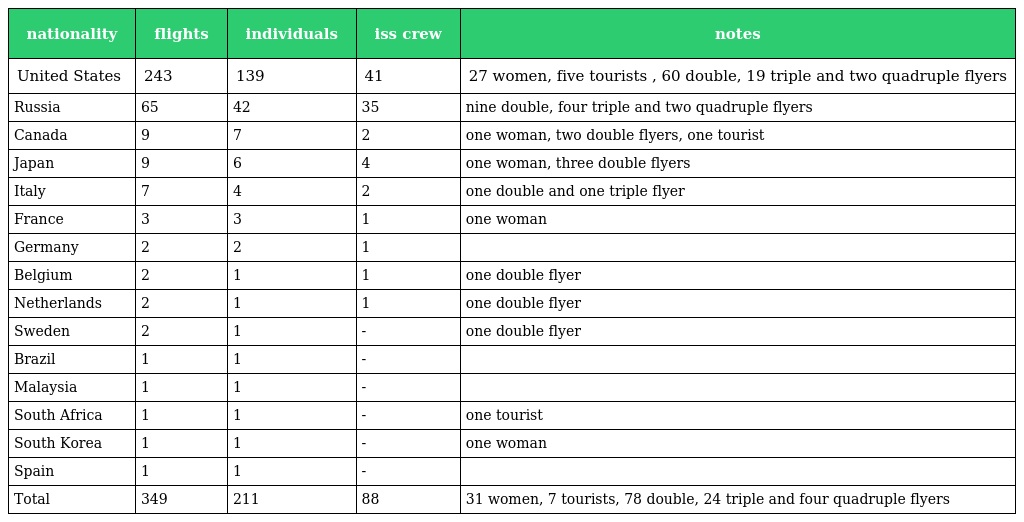
| nationality | flights | individuals | iss crew | notes |
 | --- | --- | --- | --- | --- |
 | United States | 243 | 139 | 41 | 27 women, five tourists , 60 double, 19 triple and two quadruple flyers |
 | Russia | 65 | 42 | 35 | nine double, four triple and two quadruple flyers |
 | Canada | 9 | 7 | 2 | one woman, two double flyers, one tourist |
 | Japan | 9 | 6 | 4 | one woman, three double flyers |
 | Italy | 7 | 4 | 2 | one double and one triple flyer |
 | France | 3 | 3 | 1 | one woman |
 | Germany | 2 | 2 | 1 |  |
 | Belgium | 2 | 1 | 1 | one double flyer |
 | Netherlands | 2 | 1 | 1 | one double flyer |
 | Sweden | 2 | 1 | - | one double flyer |
 | Brazil | 1 | 1 | - |  |
 | Malaysia | 1 | 1 | - |  |
 | South Africa | 1 | 1 | - | one tourist |
 | South Korea | 1 | 1 | - | one woman |
 | Spain | 1 | 1 | - |  |
 | Total | 349 | 211 | 88 | 31 women, 7 tourists, 78 double, 24 triple and four quadruple flyers |